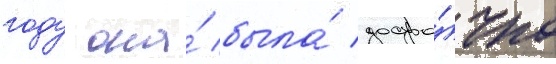
году она́ была́ досро́чно